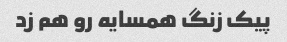
پیک زنگ همسایه رو هم زد